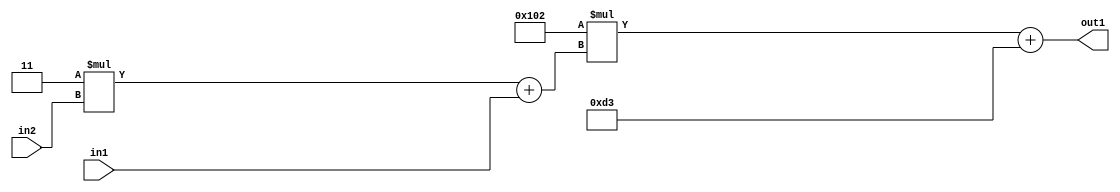
`timescale 1ps / 1ps
/*****************************************************************************
    Verilog RTL Description
    
    
    Created by: Stratus DpOpt 2019.1.01 
*******************************************************************************/

module DC_Filter_Add2i211Mul2i258Add2u1Mul2i3u2_1 (
	in2,
	in1,
	out1
	); /* architecture "behavioural" */ 
input [1:0] in2;
input  in1;
output [11:0] out1;
wire [11:0] asc001;
wire [3:0] asc002;

wire [3:0] asc002_tmp_0;
assign asc002_tmp_0 = 
	+(4'B0011 * in2);
assign asc002 = asc002_tmp_0
	+(in1);

wire [11:0] asc001_tmp_1;
assign asc001_tmp_1 = 
	+(12'B000100000010 * asc002);
assign asc001 = asc001_tmp_1
	+(12'B000011010011);

assign out1 = asc001;
endmodule

/* CADENCE  v7XyTQs= : u9/ySgnWtBlWxVPRXgAZ4Og= ** DO NOT EDIT THIS LINE ******/